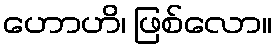
ဟောဟိ၊ ဖြစ်လော။